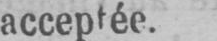
acceptée.